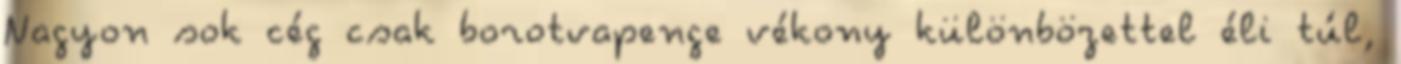
Nagyon sok cég csak borotvapenge vékony különbözettel éli túl,